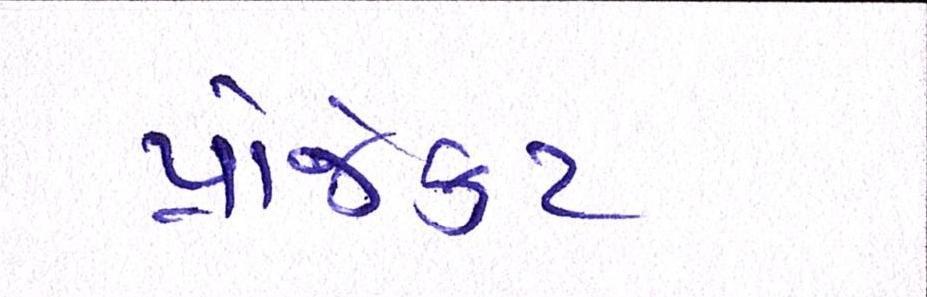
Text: પ્રોજેકટ